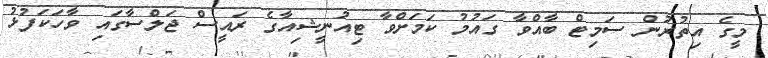
މީގެ އިތުރުން ސަމިޓް ބާއްވާ ގައުމު ކަމަށްވާ ޓިއުނީޝިއާގެ ރައީސް ޖަލްސާގައި ވާހަކަފުޅު